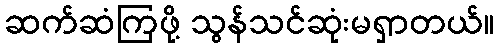
ဆက်ဆံကြဖို့ သွန်သင်ဆုံးမရှာတယ်။